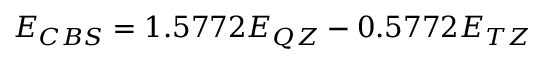
E _ { C B S } = 1 . 5 7 7 2 E _ { Q Z } - 0 . 5 7 7 2 E _ { T Z }